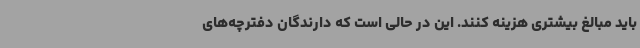
باید مبالغ بیشتری هزینه کنند. این در حالی است که دارندگان دفترچه‌های